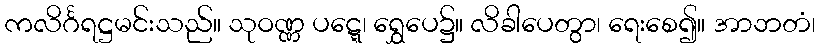
ကလိင်္ဂရဋ္ဌမင်းသည်။ သုဝဏ္ဏ ပဋ္ဋေ၊ ရွှေပေ၌။ လိခါပေတွာ၊ ရေးစေ၍။ အာဘတံ၊